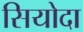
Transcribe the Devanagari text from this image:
सियोदा